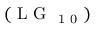
( \mathrm { ~ L ~ G ~ } _ { \mathrm { ~ 1 ~ 0 ~ } } )